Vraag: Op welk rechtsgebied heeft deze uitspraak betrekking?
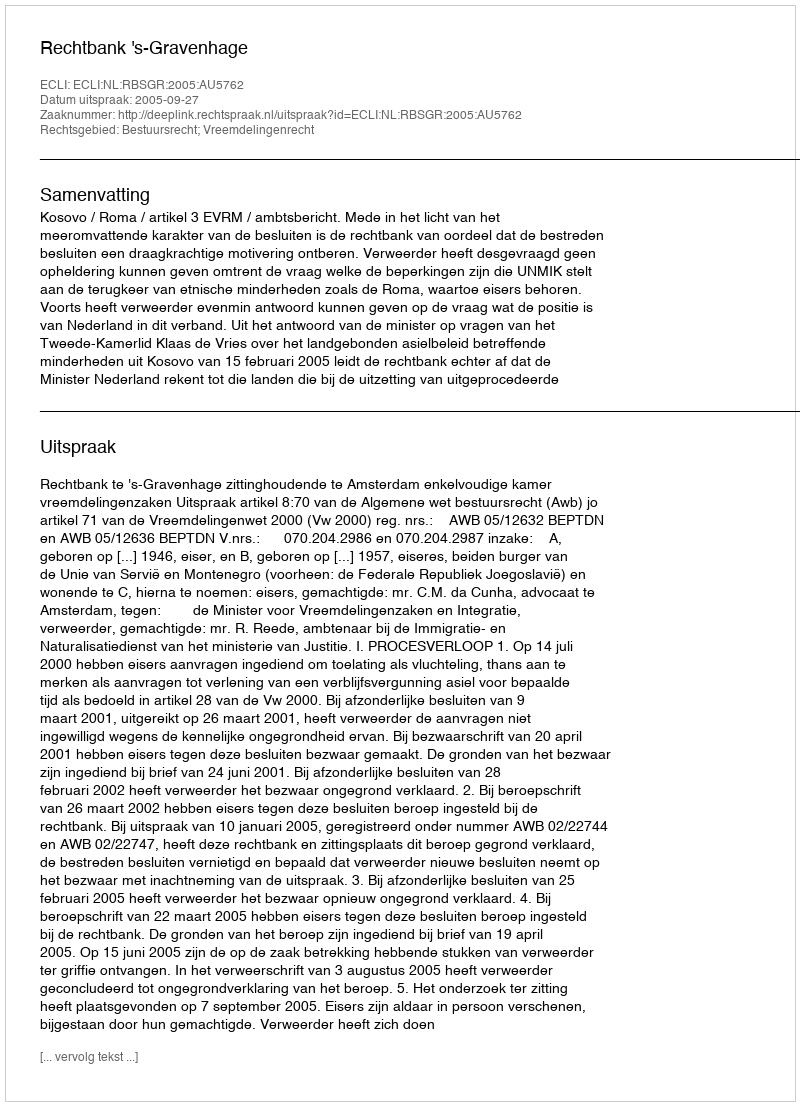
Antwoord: Bestuursrecht; Vreemdelingenrecht